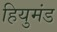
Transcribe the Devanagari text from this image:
हियुमंड